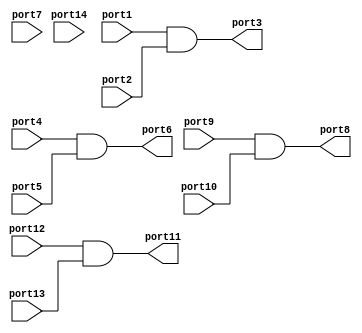
// quad and https://www.ti.com/lit/ds/symlink/sn74ls08.pdf
module ic74x08(
input wire port1,
input wire port2,
output wire port3,
input wire port4,
input wire port5,
output wire port6,
input wire port7,
output wire port8,
input wire port9,
input wire port10,
output wire port11,
input wire port12,
input wire port13,
input wire port14
);

assign port3 = port1 & port2;
assign port6 = port4 & port5;
assign port8 = port9 & port10;
assign port11 = port12 & port13;

endmodule